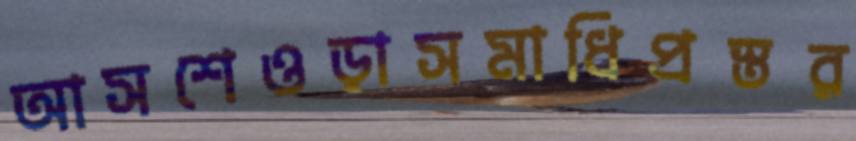
আসশেওড়াসমাধিপ্রস্তর